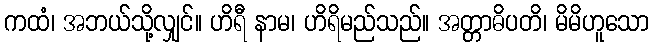
ကထံ၊ အဘယ်သို့လျှင်။ ဟိရီ နာမ၊ ဟိရိမည်သည်။ အတ္တာဓိပတိ၊ မိမိဟူသော